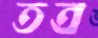
তত্র